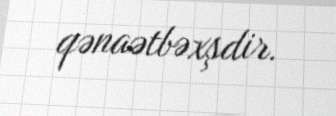
qənaətbəxşdir.